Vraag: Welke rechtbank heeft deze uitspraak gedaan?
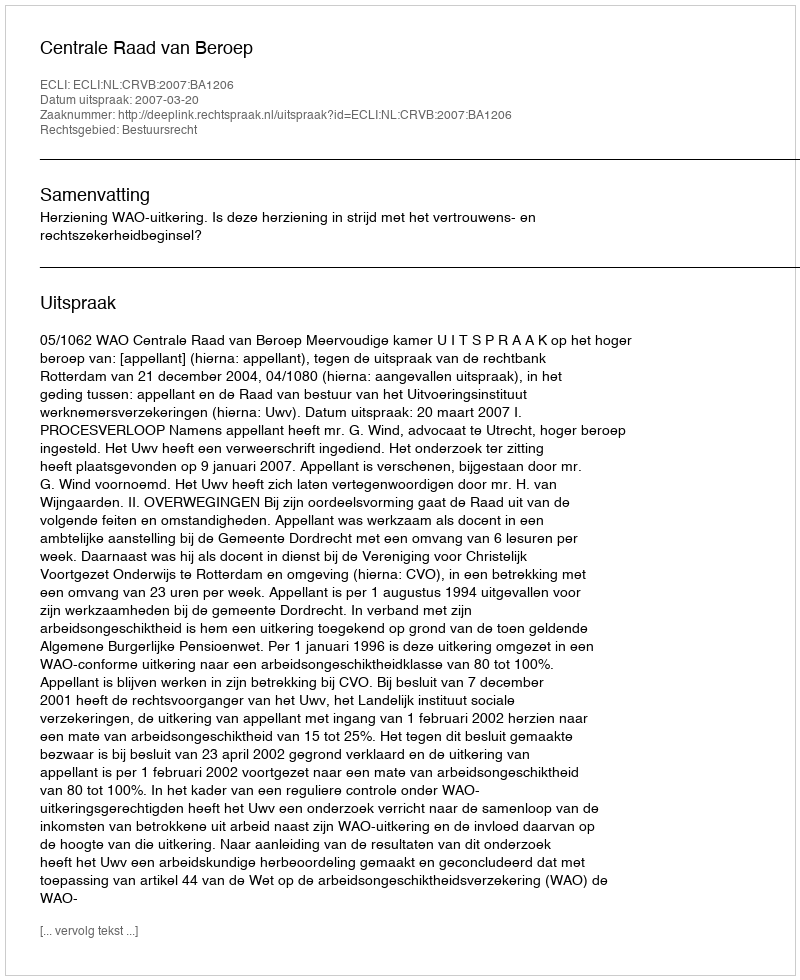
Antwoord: Centrale Raad van Beroep